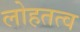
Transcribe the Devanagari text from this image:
लोहतत्व